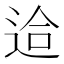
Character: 䢔